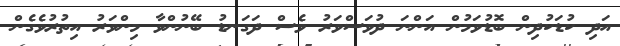
އަދި ކުޑަކުދިން ބޮޑުވަމުން އަންނަ ދުވަސްވަރު ވެސް ދަގަނޑު ބޭނުންވާ މިންވަރު އިތުރުވެގެން